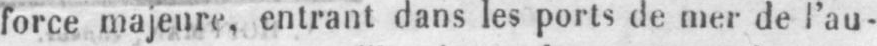
force majeure, entrant dans les ports de mer de l’au-